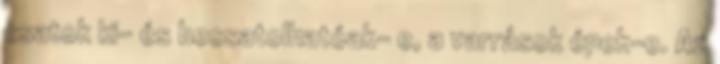
csatok ki- és becsatolhatóak- e, a varrások épek-e. Az